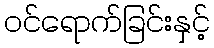
ဝင်ရောက်ခြင်းနှင့်